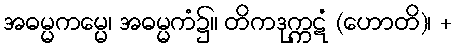
အဓမ္မကမ္မေ၊ အဓမ္မကံ၌။ တိကဒုက္ကဋံ (ဟောတိ)၊ +